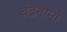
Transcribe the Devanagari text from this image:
चंद्रनामा